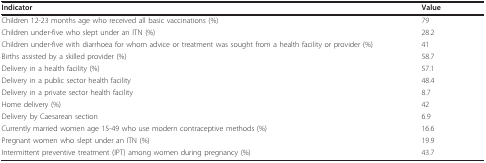
<table><thead><tr><td><b>Indicator</b></td><td><b>Value</b></td></tr></thead><tbody><tr><td>Children 12-23 months age who received all basic vaccinations (%)</td><td>79</td></tr><tr><td>Children under-five who slept under an ITN (%)</td><td>28.2</td></tr><tr><td>Children under-five with diarrhoea for whom advice or treatment was sought from a health facility or provider (%)</td><td>41</td></tr><tr><td>Births assisted by a skilled provider (%)</td><td>58.7</td></tr><tr><td>Delivery in a health facility (%)</td><td>57.1</td></tr><tr><td>Delivery in a public sector health facility</td><td>48.4</td></tr><tr><td>Delivery in a private sector health facility</td><td>8.7</td></tr><tr><td>Home delivery (%)</td><td>42</td></tr><tr><td>Delivery by Caesarean section</td><td>6.9</td></tr><tr><td>Currently married women age 15-49 who use modern contraceptive methods (%)</td><td>16.6</td></tr><tr><td>Pregnant women who slept under an ITN (%)</td><td>19.9</td></tr><tr><td>Intermittent preventive treatment (IPT) among women during pregnancy (%)</td><td>43.7</td></tr></tbody></table>